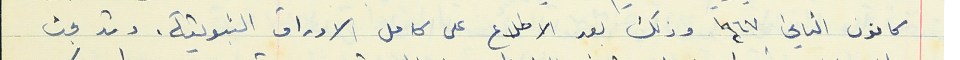
كانون الثاني ١٩٦٧ وذلك بعد الاطلاع على كامل الاوراق الثبوتية. وقد بحث